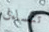
تتساءل